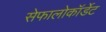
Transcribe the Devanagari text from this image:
सेफालोकॉर्डेट